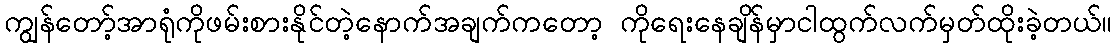
ကျွန်တော့်အာရုံကိုဖမ်းစားနိုင်တဲ့နောက်အချက်ကတော့ ကိုရေးနေချိန်မှာငါထွက်လက်မှတ်ထိုးခဲ့တယ်။